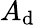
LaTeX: A_{\mathrm{d}}